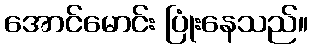
အောင်မောင်း ပြုံးနေသည်။